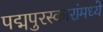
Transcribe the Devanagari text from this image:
पद्मपुरस्कारांमध्ये